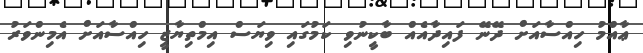
ޢާއްމު ހިއްސާއަށް ދޭނޭ ފައިދާއެއް ބާކީނުވި ކަމުގައި ވިޔަސް އިމްތިޔާޒީ ހިއްސާއަށް އެމިންވަރު